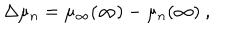
\Delta \mu _ { n } = \mu _ { \infty } ( \infty ) - \mu _ { n } ( \infty ) \ ,